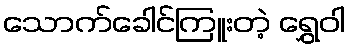
သောက်ခေါင်ကြူးတဲ့ ရွှေဝါ